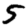
Digit: 5